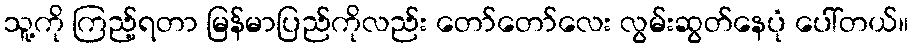
သူ့ကို ကြည့်ရတာ မြန်မာပြည်ကိုလည်း တော်တော်လေး လွမ်းဆွတ်နေပုံ ပေါ်တယ်။